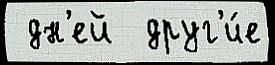
 дн'ей  друг'и́е